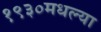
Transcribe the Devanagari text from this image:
१९३०मधल्या